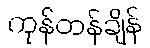
ကုန်တန်ချိန်